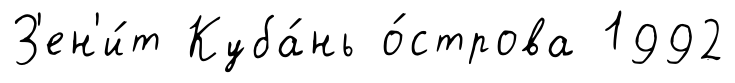
З'ен'и́т Куба́нь о́строва 1992